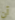
أن